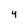
Character: y